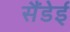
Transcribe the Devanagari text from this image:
सैंडेई